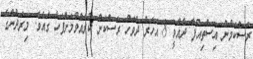
ރަސްކަމުން އިސްތިއުފާ ދެއްވީ 8 އަހަރު ދުވަހު ރަސްކަން ކުރެއްވުމަށްފަހު ގައެވެ. މިރަދުންގެ